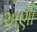
અણી